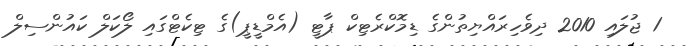
1 ޖުލައި 2010 ދިވެހިރައްޔިތުންގެ ޑިމޮކްރެޓިކް ޕާޓީ (އެމްޑީޕީ)ގެ ޓިކެޓްގައި ލޯކަލް ކައުންސިލް